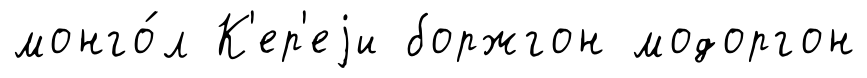
монго́л К'ер'еjи боржгон модоргон